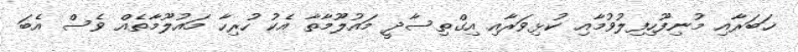
ޚަބަރާއި މުނިފޫހިފިލުވުމާއި ކުޅިވަރާއި އިގްތިސާދީ މައުލޫމާތާ އެކު ހުރިހާ މައުލޫމާތެއް ވެސް އެބަ